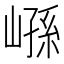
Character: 𰌮